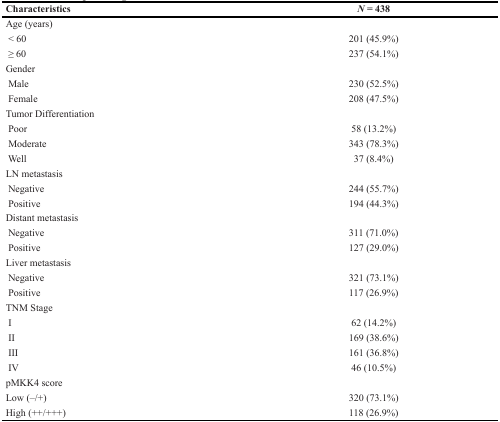
<table><thead><tr><td><b>Characteristics</b></td><td><b><i>N</i> = 438</b></td></tr></thead><tbody><tr><td>Age (years)</td><td></td></tr><tr><td>&lt; 60</td><td>201 (45.9%)</td></tr><tr><td>≥ 60</td><td>237 (54.1%)</td></tr><tr><td>Gender</td><td></td></tr><tr><td>Male</td><td>230 (52.5%)</td></tr><tr><td>Female</td><td>208 (47.5%)</td></tr><tr><td>Tumor Differentiation</td><td></td></tr><tr><td>Poor</td><td>58 (13.2%)</td></tr><tr><td>Moderate</td><td>343 (78.3%)</td></tr><tr><td>Well</td><td>37 (8.4%)</td></tr><tr><td>LN metastasis</td><td></td></tr><tr><td>Negative</td><td>244 (55.7%)</td></tr><tr><td>Positive</td><td>194 (44.3%)</td></tr><tr><td>Distant metastasis</td><td></td></tr><tr><td>Negative</td><td>311 (71.0%)</td></tr><tr><td>Positive</td><td>127 (29.0%)</td></tr><tr><td>Liver metastasis</td><td></td></tr><tr><td>Negative</td><td>321 (73.1%)</td></tr><tr><td>Positive</td><td>117 (26.9%)</td></tr><tr><td>TNM Stage</td><td></td></tr><tr><td>I</td><td>62 (14.2%)</td></tr><tr><td>II</td><td>169 (38.6%)</td></tr><tr><td>III</td><td>161 (36.8%)</td></tr><tr><td>IV</td><td>46 (10.5%)</td></tr><tr><td>pMKK4 score</td><td></td></tr><tr><td>Low (–/+)</td><td>320 (73.1%)</td></tr><tr><td>High (++/+++)</td><td>118 (26.9%)</td></tr></tbody></table>